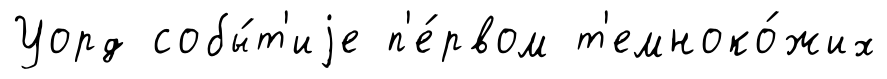
Уорд собы́т'иjе п'е́рвом т'емноко́жих